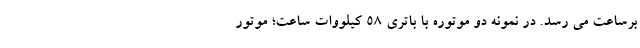
برساعت می رسد. در نمونه دو موتوره با باتری 58 کیلووات ساعت؛ موتور